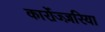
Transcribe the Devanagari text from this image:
कार्रोज्ज़रिया